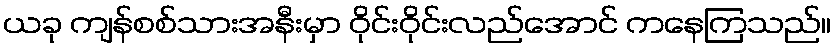
ယခု ကျန်စစ်သားအနီးမှာ ဝိုင်းဝိုင်းလည်အောင် ကနေကြသည်။